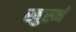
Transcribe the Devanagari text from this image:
खुर्स्न